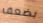
بضعف